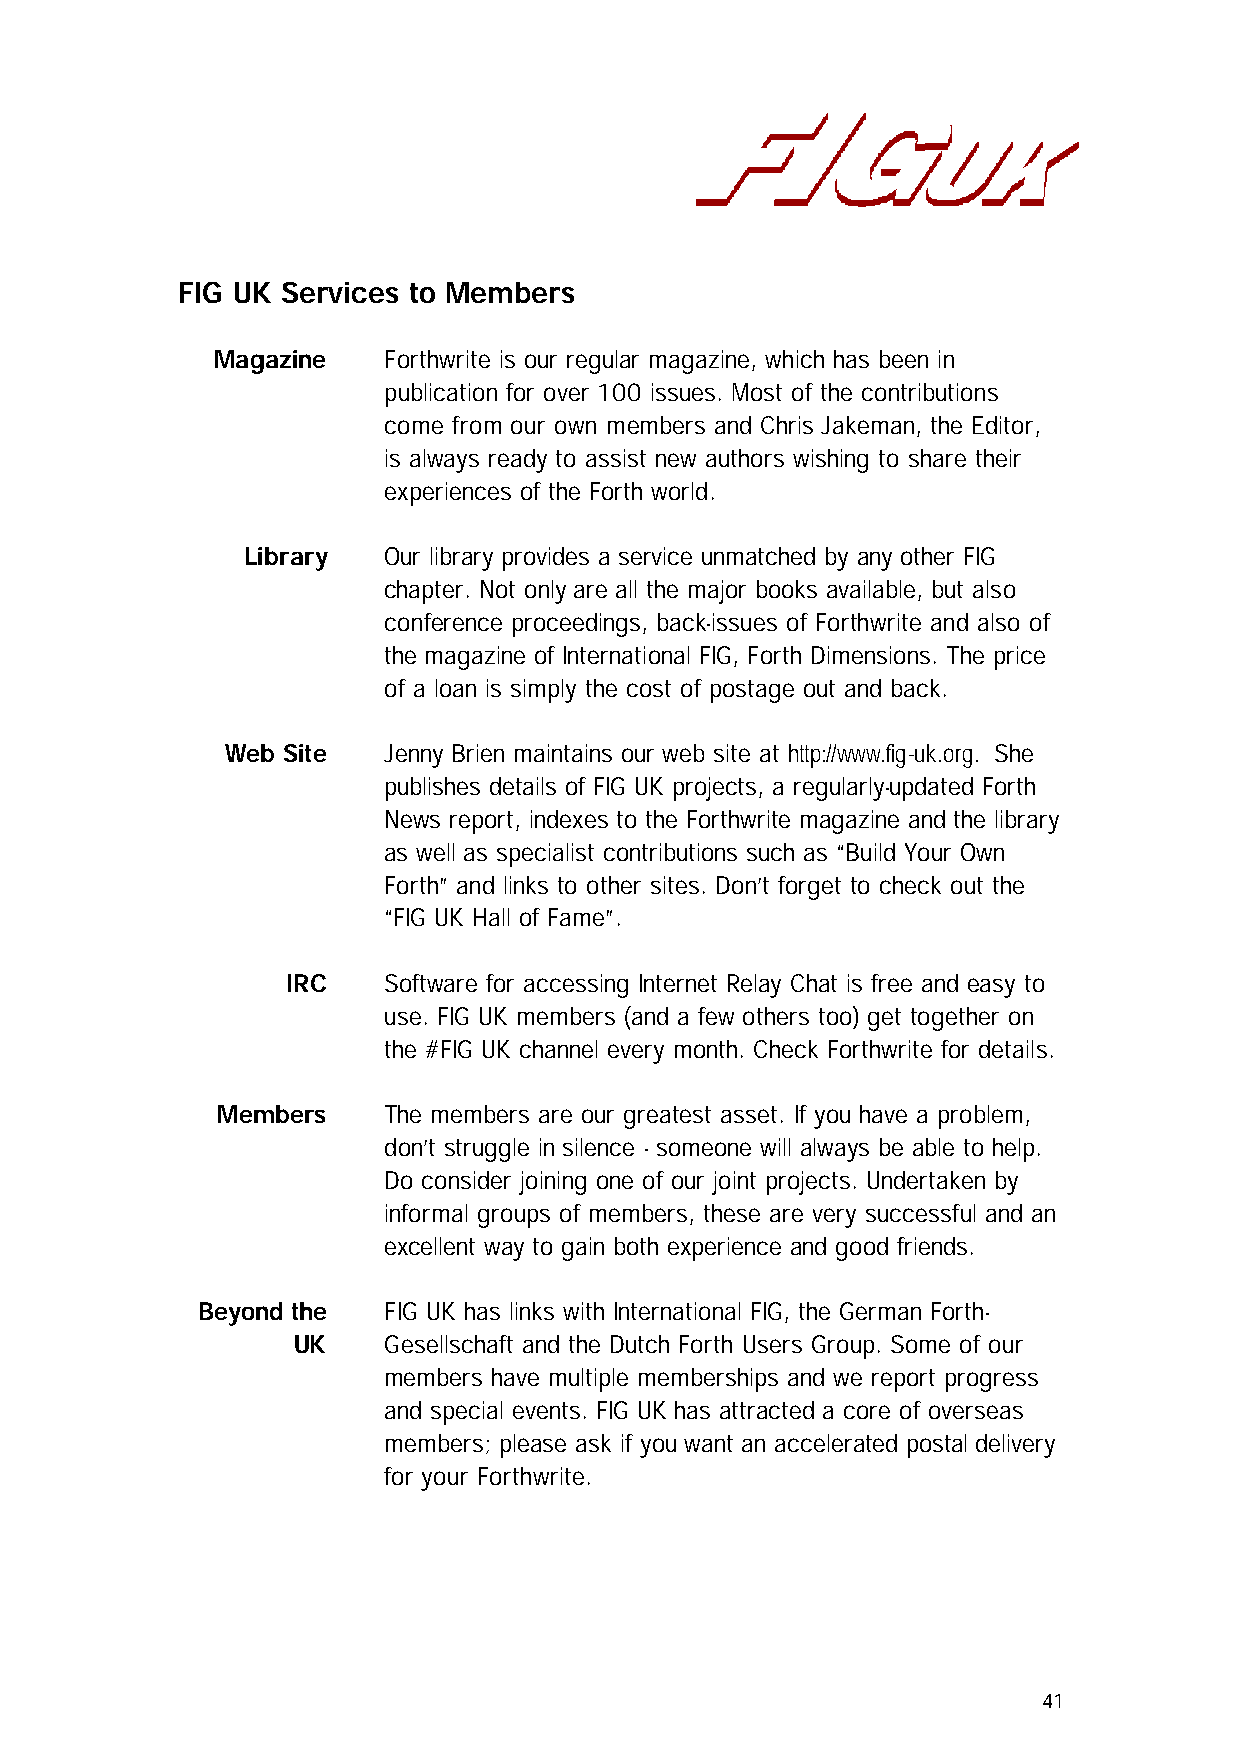
FIG UK Services to Members
 Magazine   Forthwrite is our regular magazine, which has been in
 publication for over 100 issues. Most of the contributions
 come from our own members and Chris Jakeman, the Editor,
 is always ready to assist new authors wishing to share their
 experiences of the Forth world.
 Library  Our library provides a service unmatched by any other FIG
 chapter. Not only are all the major books available, but also
 conference proceedings, back-issues of Forthwrite and also of
 the magazine of International FIG, Forth Dimensions. The price
 of a loan is simply the cost of postage out and back.
 Web Site  Jenny Brien maintains our web site at http://www.fig-uk.org. She
 publishes details of FIG UK projects, a regularly-updated Forth
 News report, indexes to the Forthwrite magazine and the library
 as well as specialist contributions such as “Build Your Own
 Forth” and links to other sites. Don’t forget to check out the
 “FIG UK Hall of Fame”.
 IRC   Software for accessing Internet Relay Chat is free and easy to
 use. FIG UK members (and a few others too) get together on
 the #FIG UK channel every month. Check Forthwrite for details.
 Members    The members are our greatest asset. If you have a problem,
 don’t struggle in silence - someone will always be able to help.
 Do consider joining one of our joint projects. Undertaken by
 informal groups of members, these are very successful and an
 excellent way to gain both experience and good friends.
 Beyond the  FIG UK has links with International FIG, the German Forth-
 UK    Gesellschaft and the Dutch Forth Users Group. Some of our
 members have multiple memberships and we report progress
 and special events. FIG UK has attracted a core of overseas
 members; please ask if you want an accelerated postal delivery
 for your Forthwrite.
 41